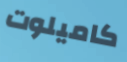
كاميلوت